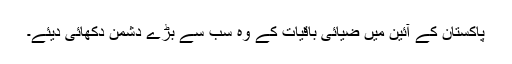
پاکستان کے آئین میں ضیائی باقیات کے وہ سب سے بڑے دشمن دکھائی دیئے۔